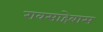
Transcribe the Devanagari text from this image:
रावसाहेबास